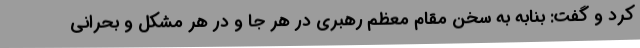
کرد و گفت: بنابه به سخن مقام معظم رهبری در هر جا و در هر مشکل و بحرانی